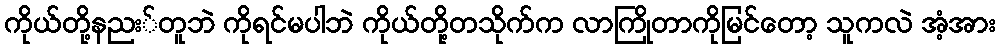
ကိုယ်တို့နညး်တူဘဲ ကိုရင်မပါဘဲ ကိုယ်တို့တသိုက်က လာကြိုတာကိုမြင်တော့ သူကလဲ အံ့အား